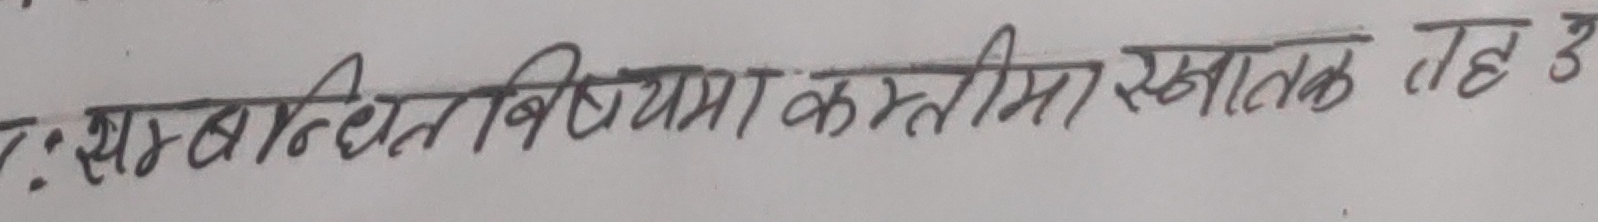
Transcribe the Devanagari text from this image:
सम्बन्धित बिषयमा कम्तीमा स्नातक तह उ